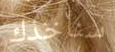
سنأخذك